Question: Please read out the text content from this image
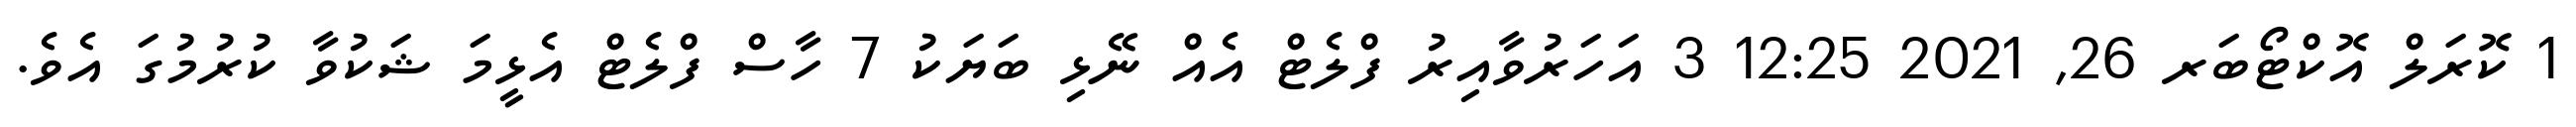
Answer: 1 ކޮރަލް އޮކްޓޯބަރ 26, 2021 12:25 3 އަހަރުވާއިރު ފްލެޓް އެއް ނޭޅި ބަޔަކު 7 ހާސް ފްލެޓް އެޅީމަ ޝަކުވާ ކުރުމުގަ އެވެ.